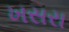
ખસરા